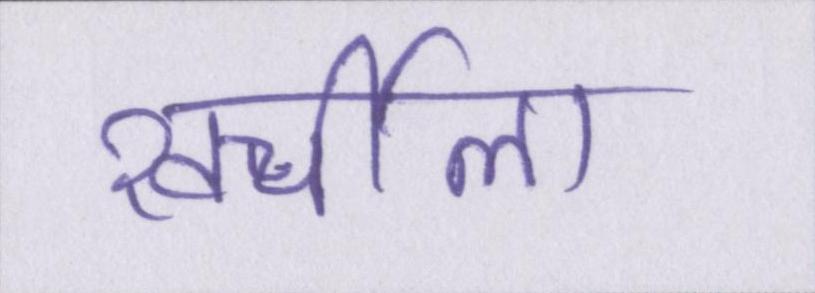
खर्चीला